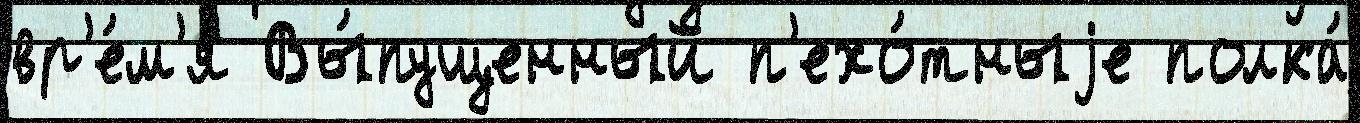
вр'е́м'я Вы́пущенный п'ехо́тныjе полка́